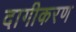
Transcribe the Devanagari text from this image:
दागीकरण